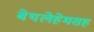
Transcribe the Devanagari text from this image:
बेथलेहेमसह